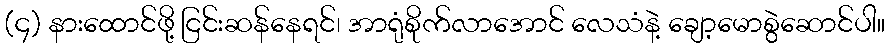
(၄) နားထောင်ဖို့ ငြင်းဆန်နေရင်၊ အာရုံစိုက်လာအောင် လေသံနဲ့ ချော့မောစွဲဆောင်ပါ။